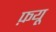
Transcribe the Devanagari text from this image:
फ़यू